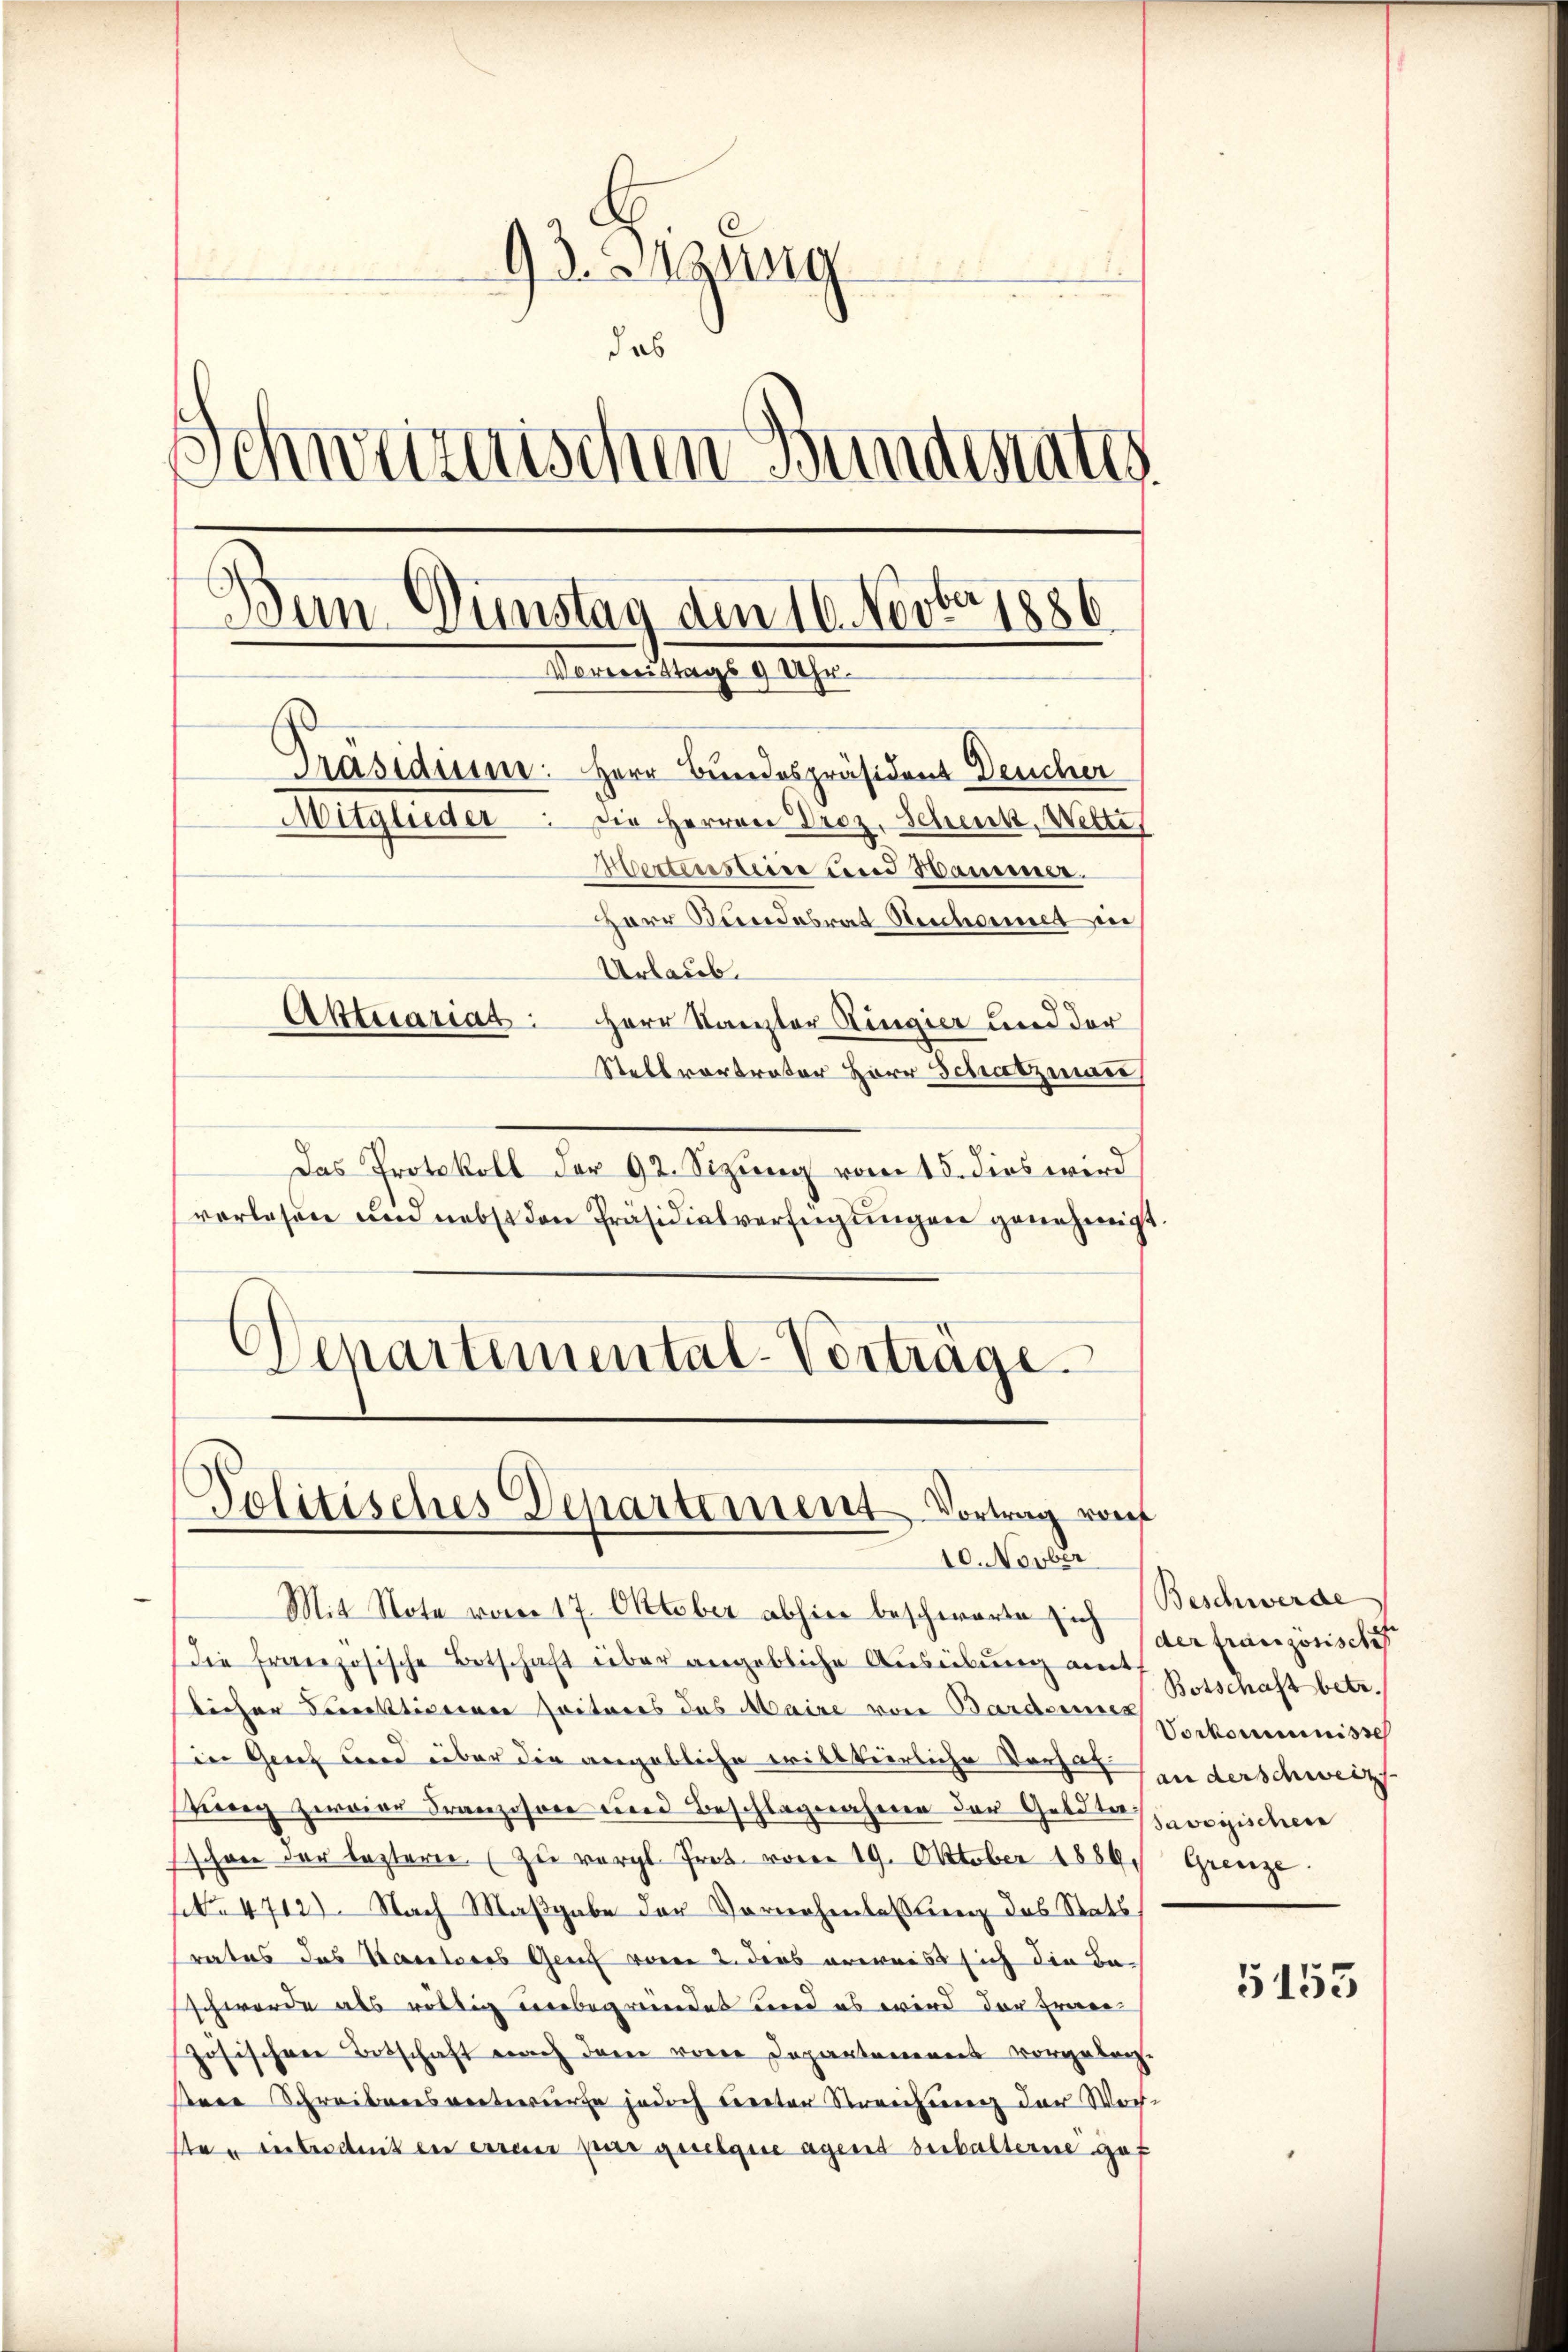
93. Sigung
das
Schweizerischen Bundiati
Bun Gunstag dem 16. Novbr. 1886
Voremittags 9 Uhr.
Präsidiener: Herr Bundespräsident Deucher
Mitglieder. Die Herren Droz. Scheck, Wette
Vertesten und Hammer.
Herr Bundesrat Neschonet in
Urlaub.
Aktuariat. Herr Kanzler Ringier und der
Stellvortrator Herr Schatzmaie

Das Protokoll der 92. Sizung vom 15. dies wird
verlesen und nebst den Präsidialverfügungen genehmigt.
Departemental-Vorträge

Politisches Departement Vortrag von
10. Novber

Mit Note vom 17. Oktober abhin beschwerte sich Beschwerde
die französische Botschaft über angebliche Ausübung amt
licher Direktirterer Zeiteres des Maire von Barderner
in Grief und über die angebliche willkürliche Vorher in derschweiz
sung zweier Franzisore und Beschlagnahmen der Gebotenvoyischein
schon der leztere (zu vergl. Prot. vom 19. Oktober 1889. Grenze
o. 4712) Nach Maßgabe der Vornehmlassung des Stats,
rates das Karatores Genf vom 2. dies erweis sich die Be-
schwerde als völlig verbegründet und es wird der Erwer
zösischen Botschaft nach dann von Depantonenes vorgeleg¬
Pere Schreibensvertwurfe jedoch treter Streichung der Wochste, unteramten erren par quelque agend beibalterne gef

der französische
Botschaft betr.
Vorkommnisse

5155